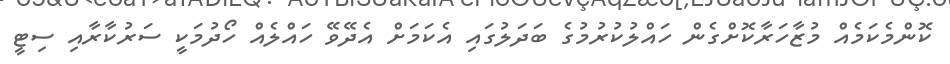
ކޮންމެކަމެއް މުޒާހަރާކޮށްގެން ހައްލުކުރުމުގެ ބަދަލުގައި އެކަމަށް އެދޭވޭ ހައްލެއް ހޯދުމަކީ ސަރުކާރާއި ސިޓީ